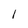
Character: 1